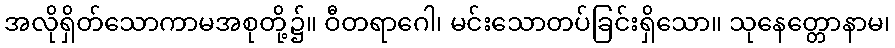
အလိုရှိတ်သောကာမအစုတို့၌။ ဝီတရာဂေါ၊ မင်းသောတပ်ခြင်းရှိသော။ သုနေတ္တောနာမ၊